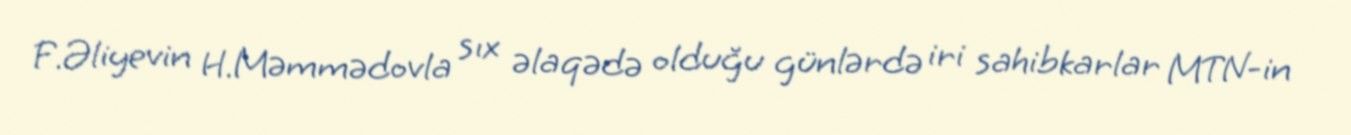
F.Əliyevin H.Məmmədovla sıx əlaqədə olduğu günlərdə iri sahibkarlar MTN-in